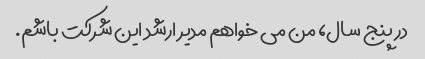
در پنج سال، من می خواهم مدیر ارشد این شرکت باشم.